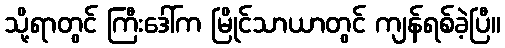
သို့ရာတွင် ကြီးဒေါ်က မြိုင်သာယာတွင် ကျန်ရစ်ခဲ့ပြီ။